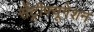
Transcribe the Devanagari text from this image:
सेंट्रीफ्यूगेशन